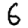
Digit: 6